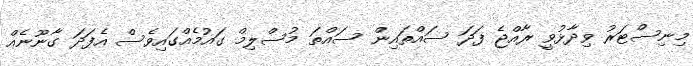
މިނިސްޓަރު ވިދާޅުވީ ރާއްޖެ ފަދަ ސައްތައިން ސައްތަ މުސްލިމް ގައުމެއްގައިވެސް އެފަދަ ގާނޫނެއް